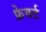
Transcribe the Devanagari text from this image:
फ्रेवर्ट